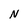
Character: N